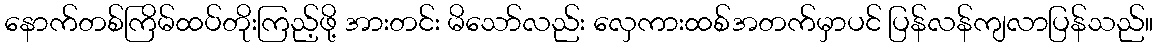
နောက်တစ်ကြိမ်ထပ်တိုးကြည့်ဖို့ အားတင်း မိသော်လည်း လှေကားထစ်အတက်မှာပင် ပြန်လန်ကျလာပြန်သည်။